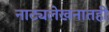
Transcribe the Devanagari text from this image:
नाट्यलेखनातही